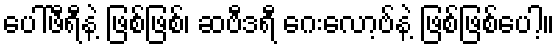
ပေါ်ဖီရီနဲ့ ဖြစ်ဖြစ်၊ ဆဗီဒရီ ဂေးလော့ဗ်နဲ့ ဖြစ်ဖြစ်ပေါ့။